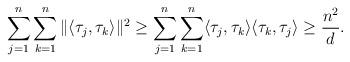
LaTeX: \begin{align*}\sum_{j=1}^n\sum_{k=1}^n\|\langle \tau_j, \tau_k\rangle \|^{2} \geq \sum_{j=1}^n\sum_{k=1}^n\langle \tau_j, \tau_k\rangle \langle \tau_k, \tau_j\rangle \geq \frac{n^2}{{d}}.\end{align*}